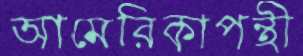
আমেরিকাপন্থী